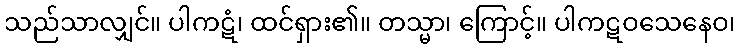
သည်သာလျှင်။ ပါကဋံ၊ ထင်ရှား၏။ တသ္မာ၊ ကြောင့်။ ပါကဋဝသေနေဝ၊